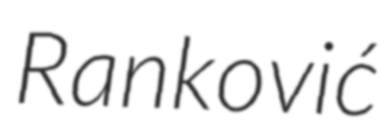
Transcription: Ranković